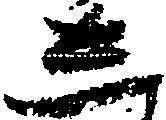
し